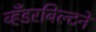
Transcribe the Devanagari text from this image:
व्हँडरबिल्टने